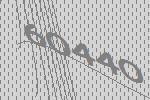
60440